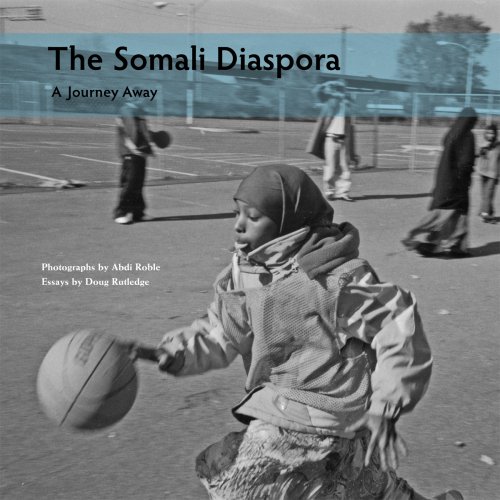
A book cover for The Somali Diaspora: A Journey Away; Abdi Roble; History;